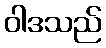
ဝါဒသည်